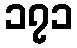
၁၇၁